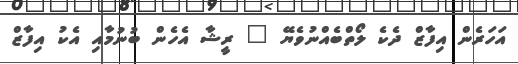
އަހަރެން އިފާޒް ދެކެ ލޯތްބެއްނުވެޔޭ " ރީޝާ އެހެން ބުނުމާއި އެކު އިފާޒް